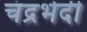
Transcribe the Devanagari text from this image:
चंद्रभेदी